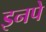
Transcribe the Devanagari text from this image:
इनपे